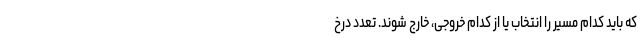
که باید کدام مسیر را انتخاب یا از کدام خروجی، خارج شوند. تعدد درخ